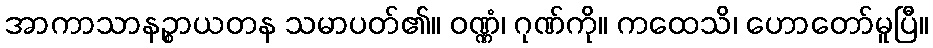
အာကာသာနဉ္စာယတန သမာပတ်၏။ ဝဏ္ဏံ၊ ဂုဏ်ကို။ ကထေသိ၊ ဟောတော်မူပြီ။